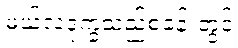
မယ်လဒုက္ခသည်စခန်းတွင်